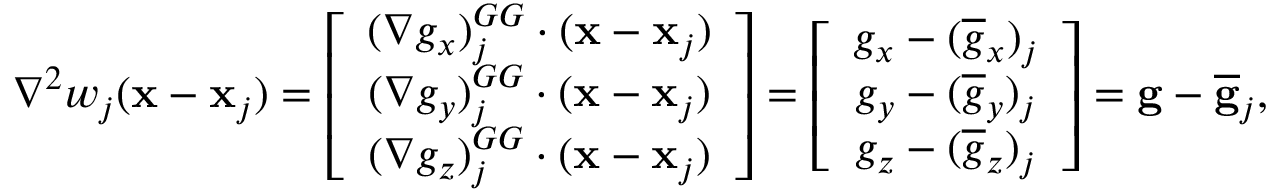
\begin{array} { r } { { \nabla } ^ { 2 } w _ { j } ( { \bf x } - { \bf x } _ { j } ) = \left[ \begin{array} { c } { ( \nabla { g } _ { x } ) _ { j } ^ { G G } \cdot ( { \bf x } - { \bf x } _ { j } ) } \\ { ( \nabla { g } _ { y } ) _ { j } ^ { G G } \cdot ( { \bf x } - { \bf x } _ { j } ) } \\ { ( \nabla { g } _ { z } ) _ { j } ^ { G G } \cdot ( { \bf x } - { \bf x } _ { j } ) } \end{array} \right] = \left[ \begin{array} { c } { \displaystyle { g } _ { x } - ( \overline { { g } } _ { x } ) _ { j } } \\ { \displaystyle { g } _ { y } - ( \overline { { g } } _ { y } ) _ { j } } \\ { \displaystyle { g } _ { z } - ( \overline { { g } } _ { z } ) _ { j } } \end{array} \right] = { \bf g } - \overline { { \bf g } } _ { j } , } \end{array}